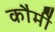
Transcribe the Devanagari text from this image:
कौमीं